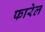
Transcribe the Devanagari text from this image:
फारेल